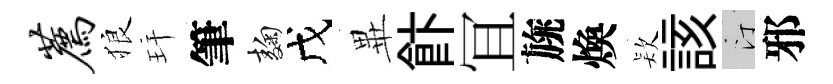
荐狼玕筆麹戊𭺾飰冝旐煥𣣇該汀邪